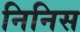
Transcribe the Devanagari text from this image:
निनिस